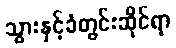
သွားနှင့်ခံတွင်းဆိုင်ရာ